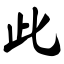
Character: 此